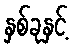
နှစ်ခုနှင့်